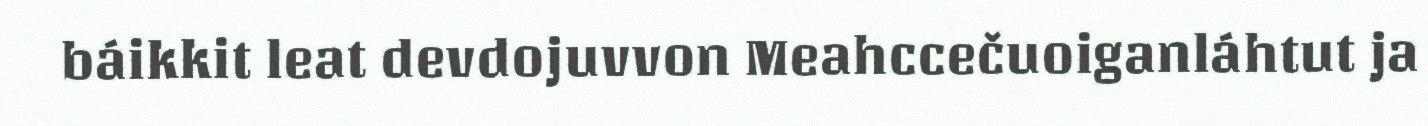
báikkit leat devdojuvvon Meahccečuoiganláhtut ja